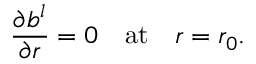
\frac { \partial b ^ { l } } { \partial r } = 0 \quad \mathrm { a t } \quad r = r _ { 0 } .